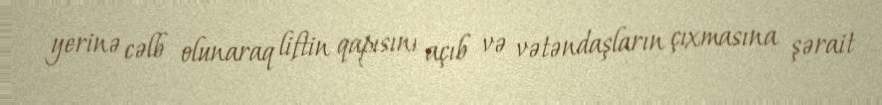
yerinə cəlb olunaraq liftin qapısını açıb və vətəndaşların çıxmasına şərait